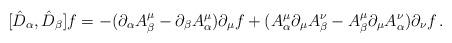
LaTeX: \begin{align*}[\hat{D}_{\alpha}, \hat{D}_{\beta}] f=-(\partial_{\alpha}A^{\mu}_{\beta}-\partial_{\beta}A^{\mu}_{\alpha})\partial_{\mu}f+(A^{\mu}_{\alpha}\partial_{\mu}A^{\nu}_{\beta}-A^{\mu}_{\beta}\partial_{\mu}A^{\nu}_{\alpha})\partial_{\nu}f\,.\end{align*}